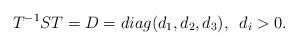
LaTeX: \begin{align*}T^{-1}ST = D = diag (d_1, d_2, d_3), \enskip d_i>0.\end{align*}